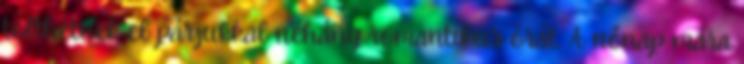
tölthetnek el párjukkal néhány romantikus órát. A nőnap mára